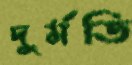
দুর্মতি